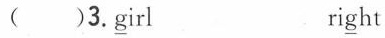
( )3.\underline{g}irl ri\underline{g}ht